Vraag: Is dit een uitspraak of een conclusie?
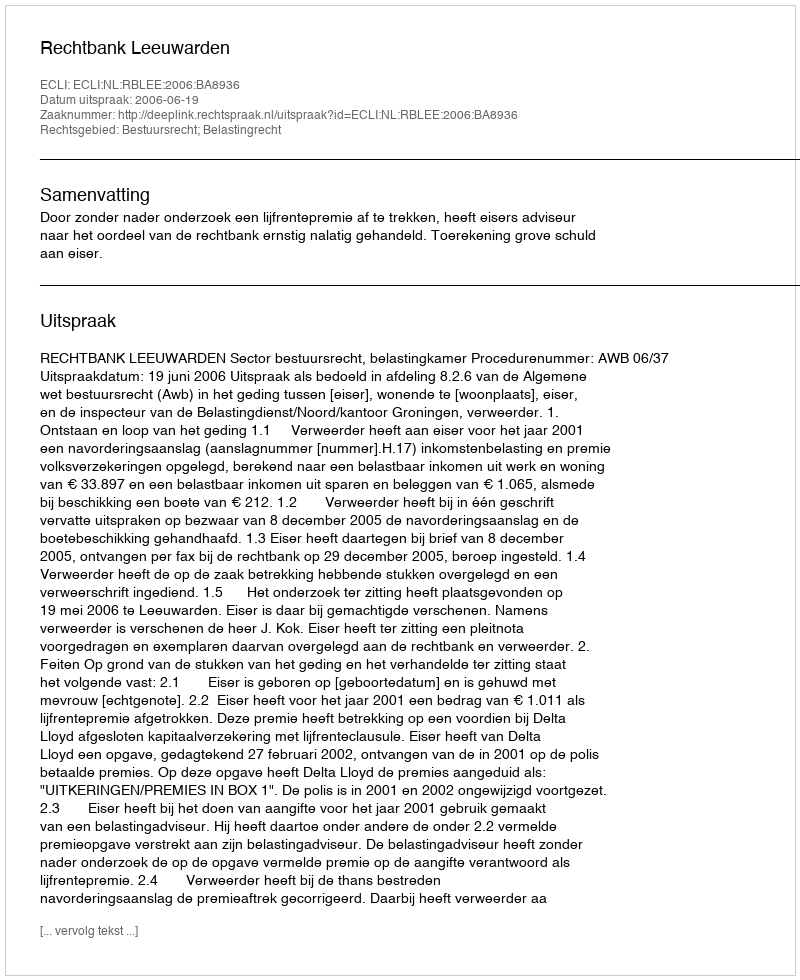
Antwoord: Uitspraak